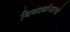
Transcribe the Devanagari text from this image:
बिबट्यांसारखे